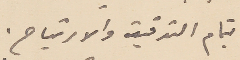
بتمام التدقيق والارتياح.